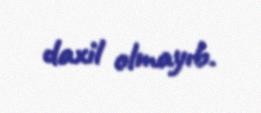
daxil olmayıb.